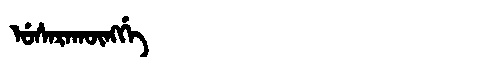
Manchu: ᡠᠰᠠᡵᠠᡴᡡᠩᡤᡝ
Romanization: USARAKŪNGGE